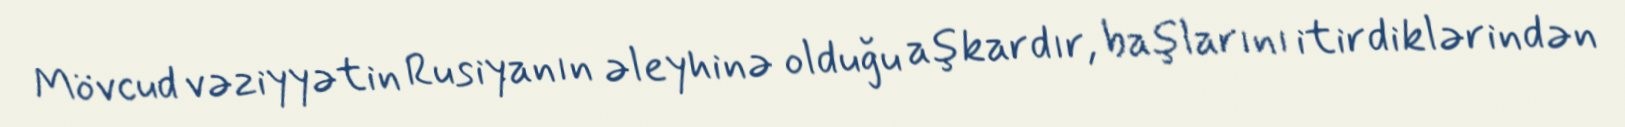
Mövcud vəziyyətin Rusiyanın əleyhinə olduğu aşkardır, başlarını itirdiklərindən